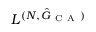
L ^ { ( N , \hat { G } _ { \mathrm { ~ C ~ A ~ } } ) }